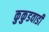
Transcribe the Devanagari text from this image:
कुकुडवाडी